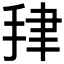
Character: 𰓪